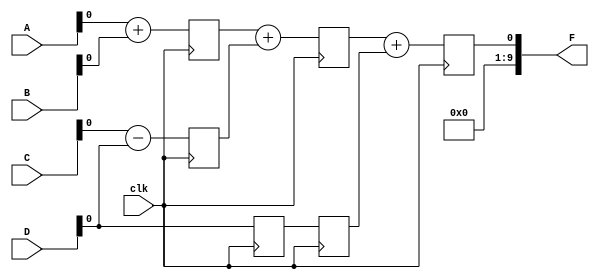
`timescale 1ns / 1ps

/* 
pipelining of simple circuit 
here inside the always block we use a non blocking type of assigning.so,that all the statements execute parallelly 
this lead to error so for I mention delay for each statement of execution  
*/

module pipe_ex(
    input[9:0] A,B,C,D,
	 input clk,
    output  [9:0]F
    );
	 reg L12_X1,L12_X2,L12_D,L23_X3,L23_D,L34_F;
	 
	 assign F = L34_F;
	 always@(posedge clk)
	 begin
	  L12_X1 <= #4 A+B;
	  L12_X2 <= #4 C-D;
	  L12_D <=D;
	  L23_X3 <= #4 L12_X1+L12_X2;
	  L23_D <=L12_D;
	  L34_F <= #6 L23_X3+L23_D;
	 end
	 
endmodule